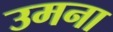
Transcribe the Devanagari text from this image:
उमना